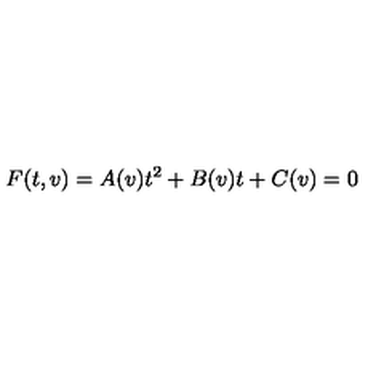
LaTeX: F ( t , v ) = A ( v ) t ^ { 2 } + B ( v ) t + C ( v ) = 0